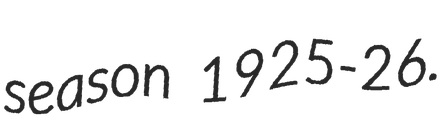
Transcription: season 1925-26.